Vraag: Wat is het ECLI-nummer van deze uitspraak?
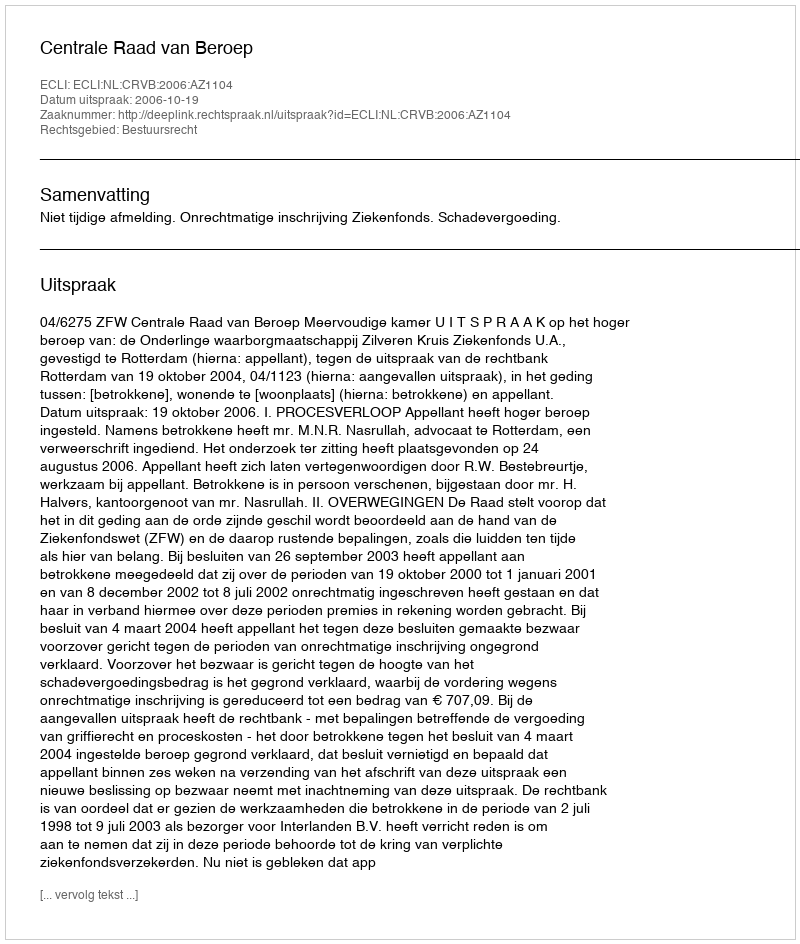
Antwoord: ECLI:NL:CRVB:2006:AZ1104